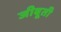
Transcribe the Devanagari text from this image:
जीबूती